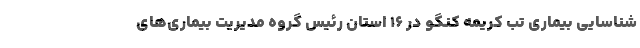
شناسایی بیماری تب کریمه کنگو در ۱۶ استان رئیس گروه مدیریت بیماری‌های